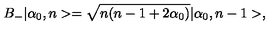
B _ { - } | \alpha _ { 0 } , n > = \sqrt { n ( n - 1 + 2 \alpha _ { 0 } ) } | \alpha _ { 0 } , n - 1 > ,